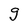
Character: g